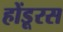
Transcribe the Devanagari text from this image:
होंडूरस